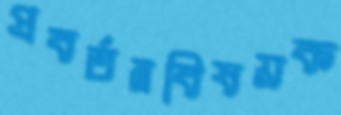
প্রবর্তনবিষয়ক